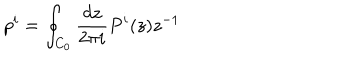
p ^ { i } = \oint _ { C _ { 0 } } \frac { d z } { 2 \pi i } P ^ { i } ( z ) z ^ { - 1 }